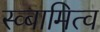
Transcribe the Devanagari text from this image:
स्व्बामित्व